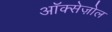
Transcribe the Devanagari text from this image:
ऑक्सेज़ोल